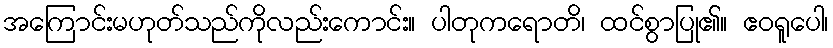
အကြောင်းမဟုတ်သည်ကိုလည်းကောင်း။ ပါတုကရောတိ၊ ထင်စွာပြု၏။ ဧဝရူပေါ၊